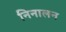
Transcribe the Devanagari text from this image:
निनालन